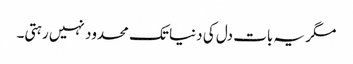
مگر یہ بات دل کی دنیا تک محدود نہیں رہتی۔